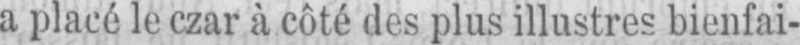
a placé le czar à côté des plus illustres bienfai-